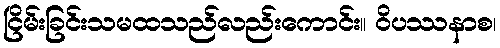
ငြိမ်းခြင်းသမထသည်လည်းကောင်း။ ဝိပဿနာစ၊